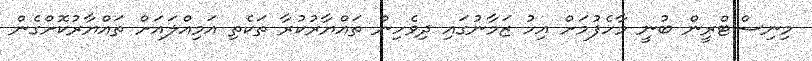
މިނިސްޓްރީން ބުނީ މާހެފުމަށް އިހު ޒަމާނުގައި ދިވެހިން ތައްޔާރުކުރާ ތަކެތި އަމިއްލައަށް ތައްޔާރުކޮށްގެން